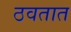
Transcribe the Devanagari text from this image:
ठवतात